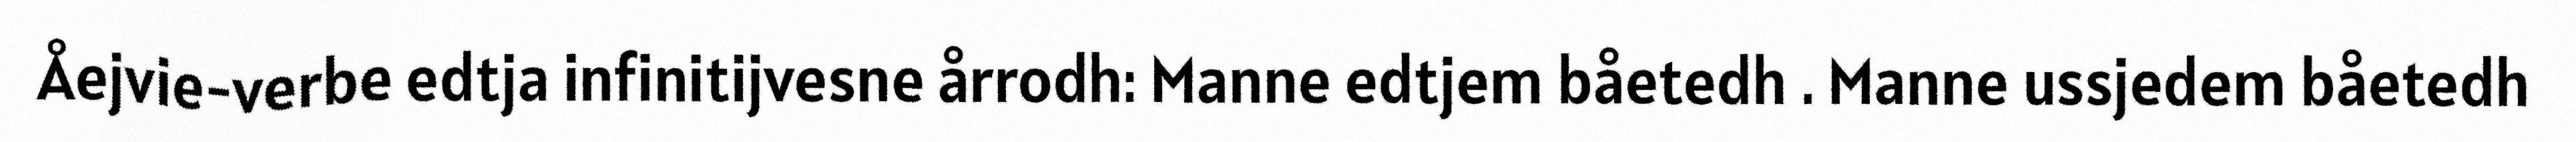
Åejvie-verbe edtja infinitijvesne årrodh: Manne edtjem båetedh . Manne ussjedem båetedh